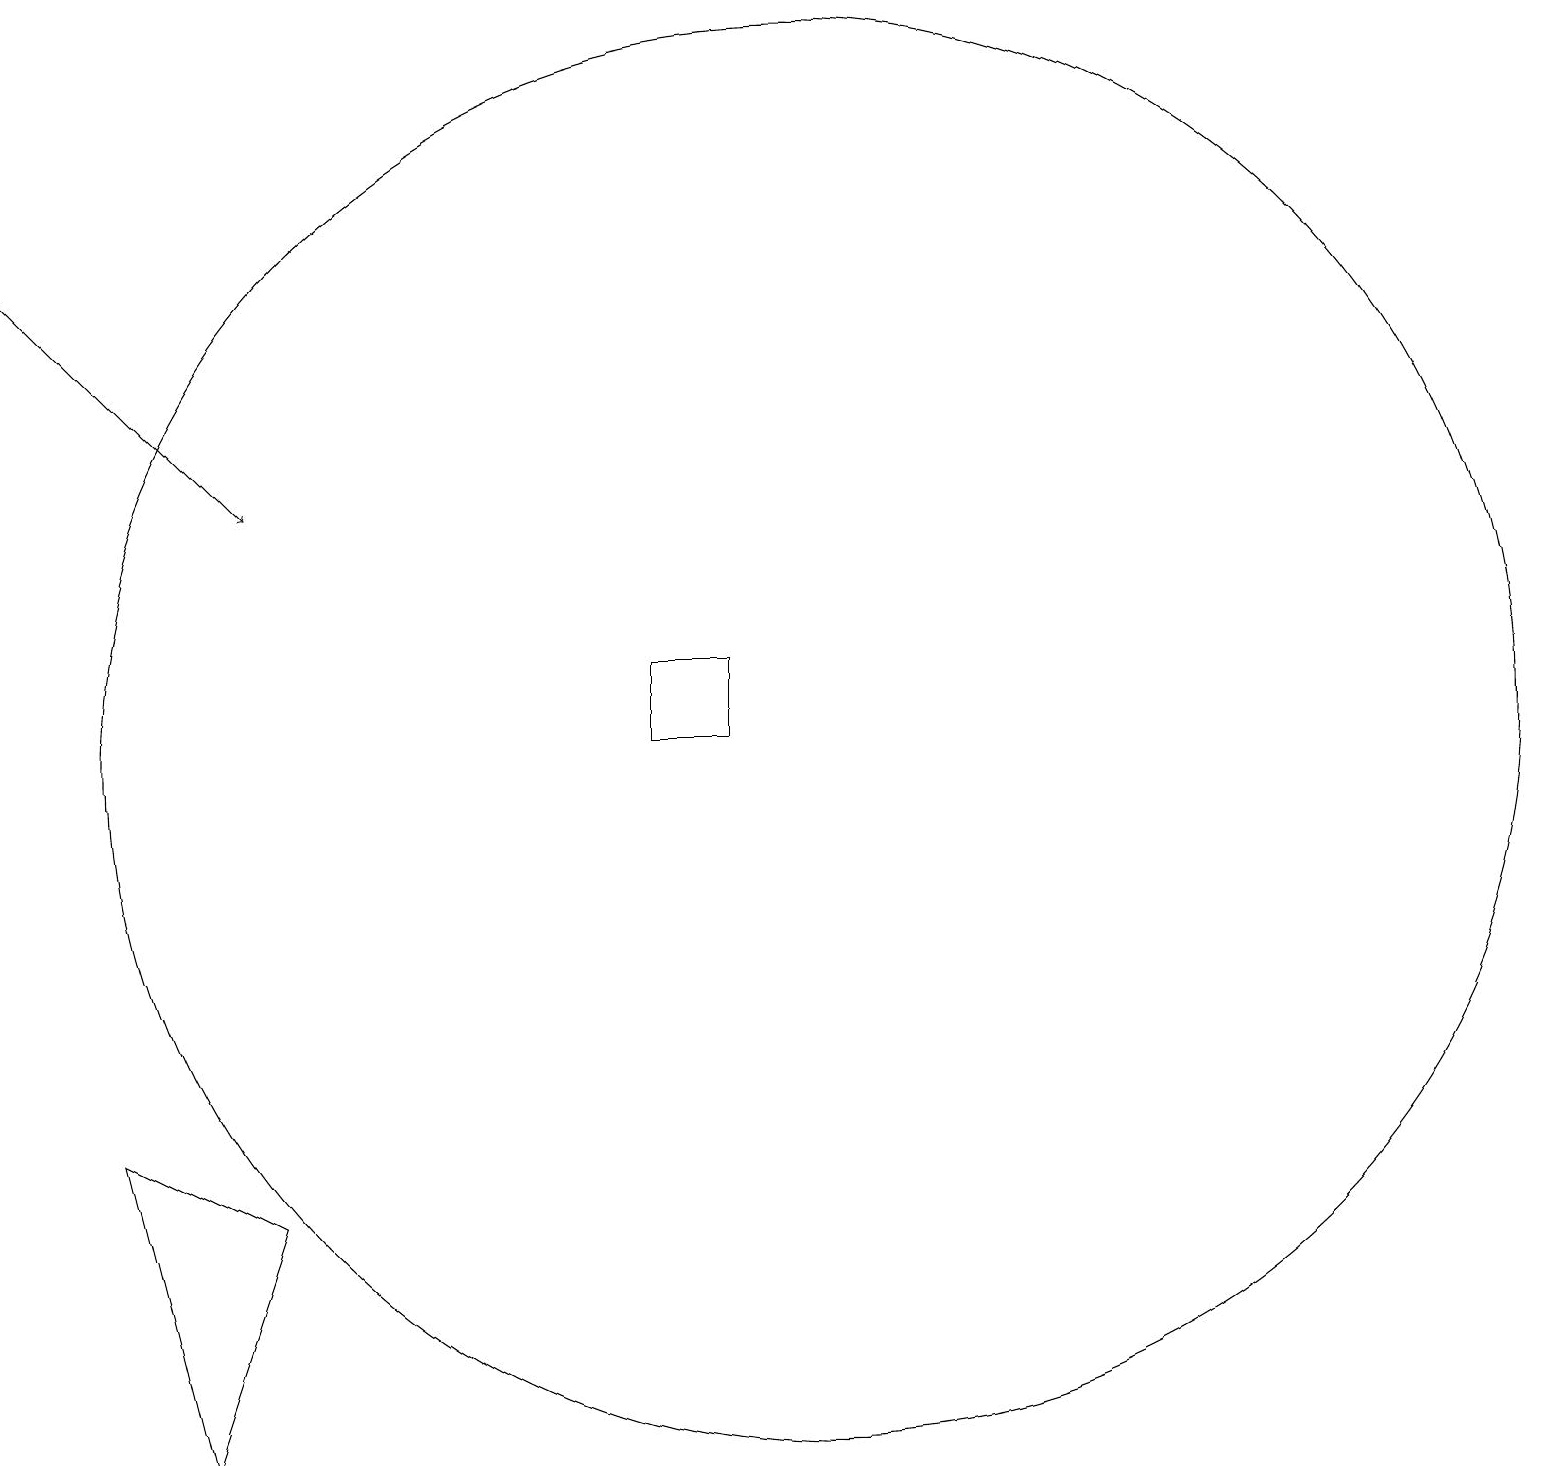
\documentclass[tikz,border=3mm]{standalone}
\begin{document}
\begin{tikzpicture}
\draw (8,10) rectangle (9,11);
\draw (1,5) -- (2,1) -- (3,4) -- cycle;
\draw (10,10) circle (9);
\draw[->] (0,16) -- (3,13);
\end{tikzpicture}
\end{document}